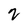
Character: 2